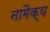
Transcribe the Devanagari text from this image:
नामैक्य